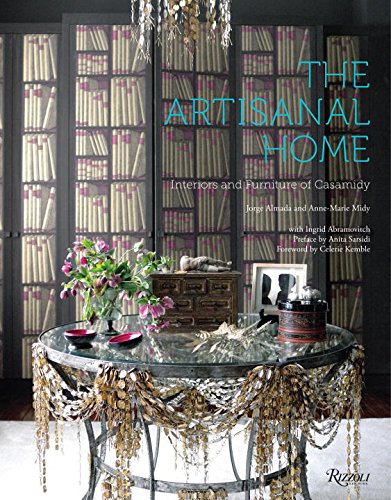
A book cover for The Artisanal Home: Interiors and Furniture of Casamidy; Anne-Marie Midy; Arts & Photography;